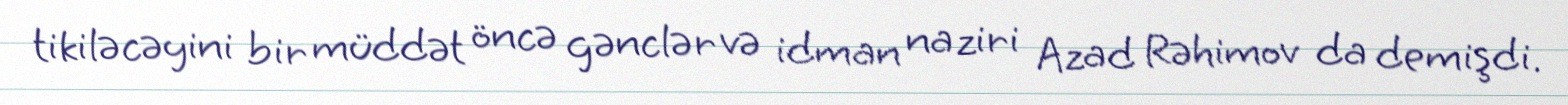
tikiləcəyini bir müddət öncə gənclər və idman naziri Azad Rəhimov da demişdi.